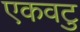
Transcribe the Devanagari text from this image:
एकवटु